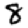
Digit: 8